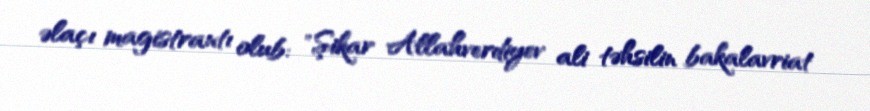
əlaçı magistrantı olub: "Şikar Allahverdiyev ali təhsilin bakalavriat